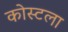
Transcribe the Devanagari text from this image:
कोस्टला